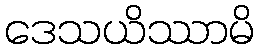
ဒေသယိဿာမိ